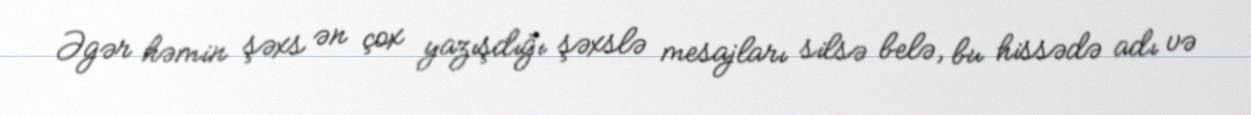
Əgər həmin şəxs ən çox yazışdığı şəxslə mesajları silsə belə, bu hissədə adı və